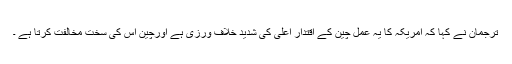
ترجمان نے کہا کہ امریکہ کا یہ عمل چین کے اقتدار اعلی کی شدید خلاف ورزی ہے اورچین اس کی سخت مخالفت کرتا ہے ۔